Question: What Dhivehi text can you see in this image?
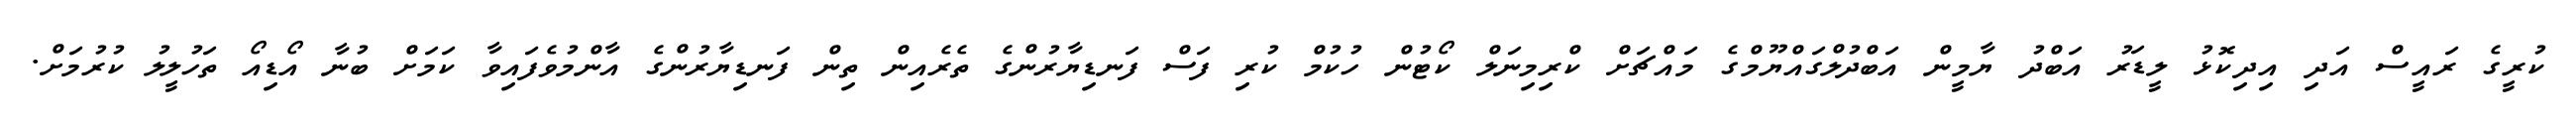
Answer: ކުރީގެ ރައީސް އަދި އިދިކޮޅު ލީޑަރު އަބްދު ޔާމީން އަބްދުލްގައްޔޫމްގެ މައްޗަށް ކްރިމިނަލް ކޯޓުން ހުކުމް ކުރި ފަސް ފަނޑިޔާރުންގެ ތެރެއިން ތިން ފަނޑިޔާރުންގެ އާންމުވެފައިވާ ކަމަށް ބުނާ އޯޑިއޯ ތަހުލީލު ކުރުމަށް.